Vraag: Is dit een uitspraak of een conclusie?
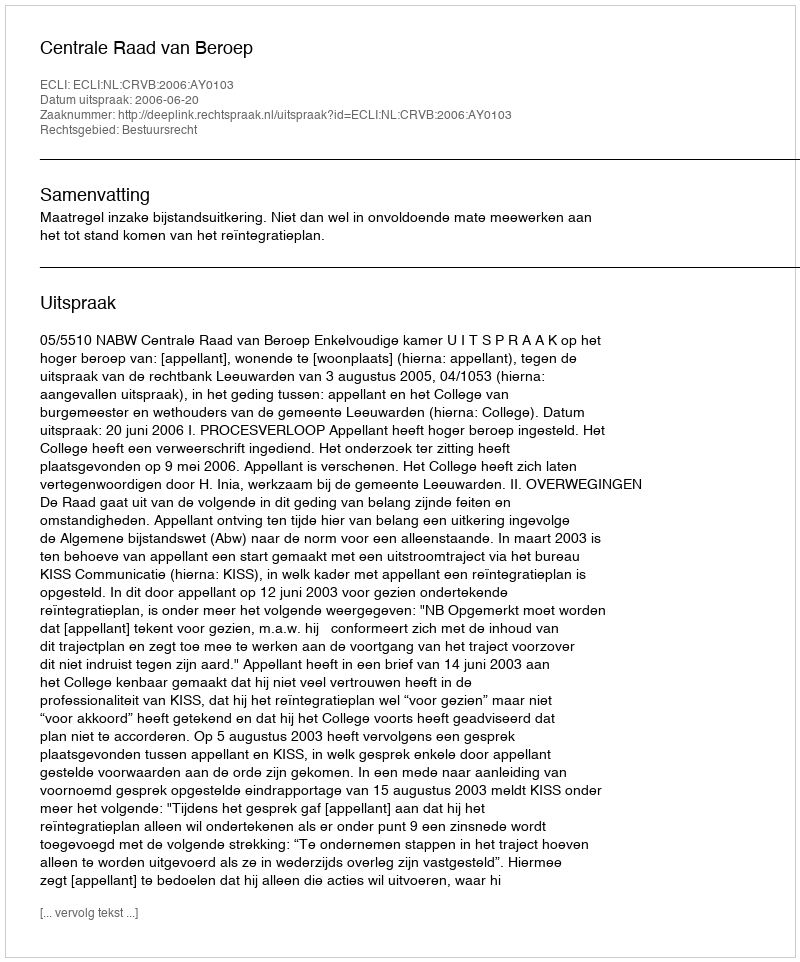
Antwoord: Uitspraak